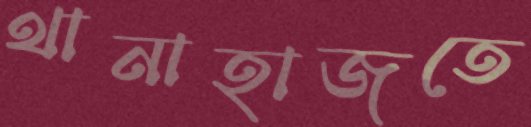
থানাহাজতে